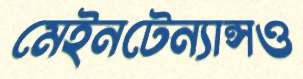
মেইনটেন্যান্সও